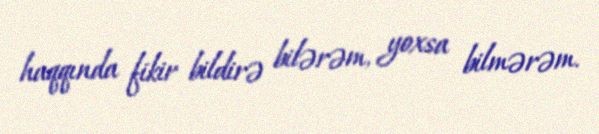
haqqında fikir bildirə bilərəm, yoxsa bilmərəm.